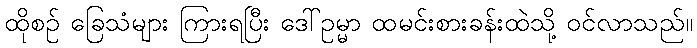
ထိုစဉ် ခြေသံများ ကြားရပြီး ဒေါ်ဥမ္မာ ထမင်းစားခန်းထဲသို့ ဝင်လာသည်။